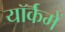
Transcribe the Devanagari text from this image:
यॉर्कमें